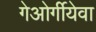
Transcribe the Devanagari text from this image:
गेओर्गीयेवा